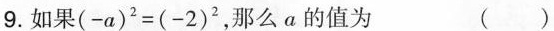
9.如果$$( - a ) ^ { 2 } = ( - 2 ) ^ { 2 }$$，那么α的值为 ( )